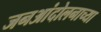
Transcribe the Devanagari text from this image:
जनआंदोलनाच्या